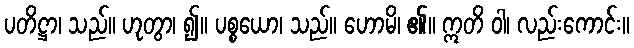
ပတိဋ္ဌာ၊ သည်။ ဟုတွာ၊ ၍။ ပစ္စယော၊ သည်။ ဟောမိ၊ ၏။ ဣတိ ဝါ၊ လည်းကောင်း။